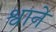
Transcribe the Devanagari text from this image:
श्वाने